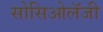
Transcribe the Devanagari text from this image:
सोसिओलॅजी